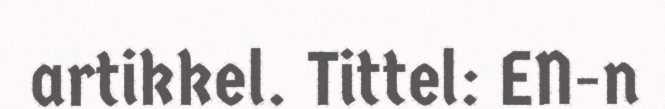
artikkel. Tittel: EN-n